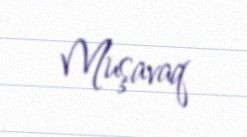
Muşavaq